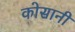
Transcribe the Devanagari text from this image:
कोसानी